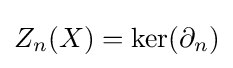
Z_{n}(X)=\ker(\partial _{n})